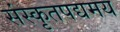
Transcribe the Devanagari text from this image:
संस्कृतपद्यमय